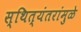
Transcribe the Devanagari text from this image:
स्थित्यंतरांमुळे